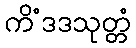
ကိံဒဒသုတ္တံ